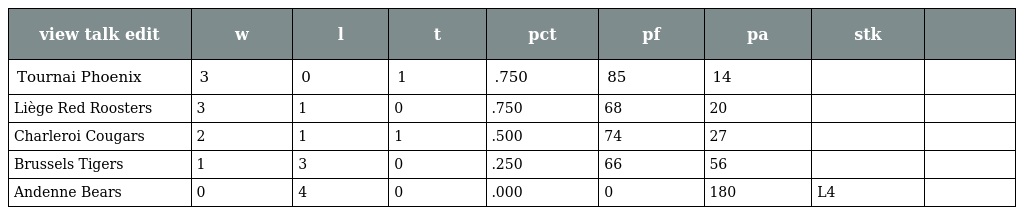
| view talk edit | w | l | t | pct | pf | pa | stk |  |
 | --- | --- | --- | --- | --- | --- | --- | --- | --- |
 | Tournai Phoenix | 3 | 0 | 1 | .750 | 85 | 14 |  |  |
 | Liège Red Roosters | 3 | 1 | 0 | .750 | 68 | 20 |  |  |
 | Charleroi Cougars | 2 | 1 | 1 | .500 | 74 | 27 |  |  |
 | Brussels Tigers | 1 | 3 | 0 | .250 | 66 | 56 |  |  |
 | Andenne Bears | 0 | 4 | 0 | .000 | 0 | 180 | L4 |  |